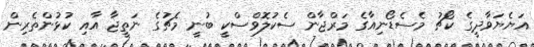
އަޔެޔަވާދީގެ ކޯޗު މެސެޑޯނިއާގެ މަރްޖާން ސެކުލޮވްސްކީ ބުނީ މެޗުގެ ނަތީޖާ އާއި ކުޅުންތެރިން